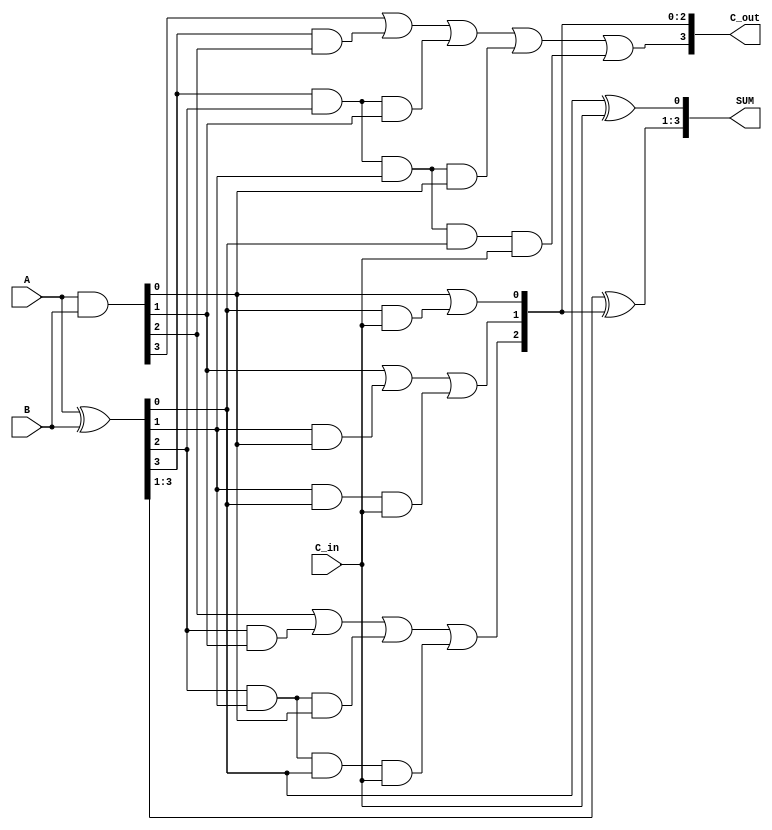
`timescale 1ns / 100ps
// 4-bit carry-lookahead adder
module CLA_4bit(A, B, C_in, SUM, C_out);
	input [3:0] A, B;
	input C_in;
	output [3:0] SUM;
	output [3:0] C_out;
	
	wire [3:0] G, P;
	
	// half adder
  assign G = A & B;
	assign P = A ^ B;
	
  // carry
	assign C_out[0] = G[0] | (P[0]&C_in);
	assign C_out[1] = G[1] | (P[1]&G[0]) | (P[1]&P[0]&C_in);
	assign C_out[2] = G[2] | (P[2]&G[1]) | (P[2]&P[1]&G[0]) | (P[2]&P[1]&P[0]&C_in);
	assign C_out[3] = G[3] | (P[3]&G[2]) | (P[3]&P[2]&G[1]) | (P[3]&P[2]&P[1]&G[0]) | (P[3]&P[2]&P[1]&P[0]&C_in);
	
  // SUM
  assign SUM[0] = P[0] ^ C_in;
	assign SUM[3:1] = P[3:1] ^ C_out[2:0];
	
endmodule

// 8-bit carry-lookahead adder
module CLA_8bit(A, B, Add_ctrl, SUM, C_out, v);
	input [7:0] A;
	input [7:0] B;
	input Add_ctrl;
	output [7:0] SUM;
	output C_out, v; // v - overflow
	
	wire ctrl;
	wire [7:0] new_B, C;
	
	// A - B = A + (~B) + 1
  // B xor 0 = B
  // B xor 1 = not(B)
  assign ctrl = ~Add_ctrl;
	assign new_B[0] = B[0] ^ ctrl;
	assign new_B[1] = B[1] ^ ctrl;
	assign new_B[2] = B[2] ^ ctrl;
	assign new_B[3] = B[3] ^ ctrl;
	assign new_B[4] = B[4] ^ ctrl;
	assign new_B[5] = B[5] ^ ctrl;
	assign new_B[6] = B[6] ^ ctrl;
	assign new_B[7] = B[7] ^ ctrl;
	
	CLA_4bit CLA4_1(.A(A[3:0]), .B(new_B[3:0]), .C_in(ctrl), .SUM(SUM[3:0]), .C_out(C[3:0]));
	CLA_4bit CLA4_2(.A(A[7:4]), .B(new_B[7:4]), .C_in(C[3]), .SUM(SUM[7:4]), .C_out(C[7:4]));
	
	assign C_out = C[7] | ctrl; // carry out
	assign v = C[7] ^ C[6]; // overflow
	
endmodule